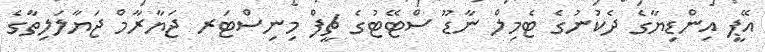
އޭޕީ އިންޑިޔާގެ ދެކުނުގެ ޓެމިލް ނާޑޫ ސްޓޭޓުގެ ޗީފް މިނިސްޓަރ ޖަޔާރާމް ޖަޔާލަލިތާގެ